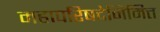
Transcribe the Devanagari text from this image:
महापरिषदेनिमित्त